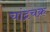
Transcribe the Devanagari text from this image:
चांद्रचक्र